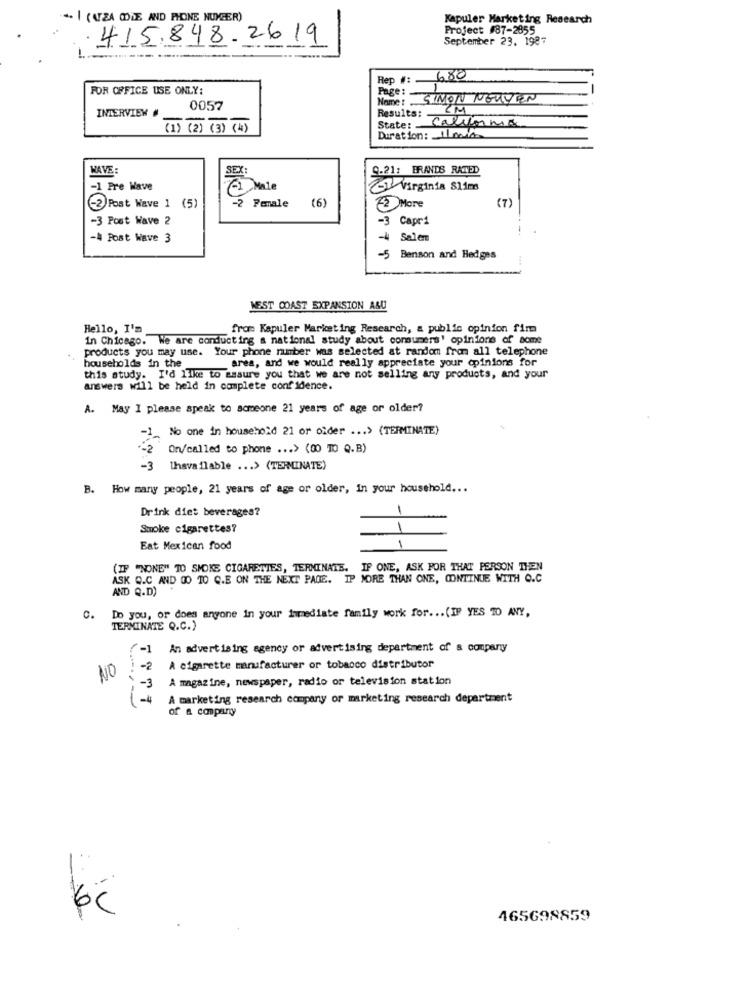
. I (ATEA ODLE AND PHONE NUMBER)
Kapuler Marketing Research
Project 87-2855
415.848.2619
September 23. 1987
Rep # :-
680
FOR OFFICE USE ONLY:
Page : -
Name : SIMON NEUVEN
INTERVIEW #
0057
Results:
State: Calvinma
(1) (2) (3) (4)
Duration: 11 min
WAVE:
9-21: BRANDS RATED
-1 Pre Wave
75 Virginia Slim
(6)
(7)
2 Post Wave 1 (5)
-2 Female
22 More
-3 Post Wave 2
-3 Capri
-A Post Wave 3
-4
Salem
-5
Benson and Hedges
WEST COAST EXPANSION ALU
Hello, I'm
from Kapuler Marketing Research, & public opinion fim
in Chicago. We are conducting a national study about consumers' opinions of some
products you may use. Your phone number was selected at random from all telephone
area, and we would really appreciate your opinions for
households in the
this study. I'd like to assure you that we are not selling any products, and your
answers will be held in complete confidence.
A. May I please speak to someone 21 years of age or older?
No one in household 21 or older ... > (TERMINATE)
-1
On/called to phone ... > (00 TO Q.B)
-3
thavailable ... > (TERMINATE)
B. How many people, 21 years of age or older, in your household ...
Drink diet beverages?
Smoke cigarettes?
1
1
Eat Mexican food
(IF "NONE" TO SMOKE CIGARETES, TERMINATE. IF ONE, ASK FOR THAT PERSON THEN
ASK Q.C AND 00 TO C.E ON THE NEXT PAGE. IP MORE THAN ONE, CONTINUE WITH O.C
AND Q.D)
Do you, or does anyone in your Immediate family work for ... (IP YES TO ANY,
c.
TERMINATE Q.C.)
An advertising agency or advertising department of & company
NO
-2
A cigarette manufacturer or tobacco distributor
A magazine, newspaper, radio or television station
-4
A marketing research company or marketing research department
of a company
6℃
465698859